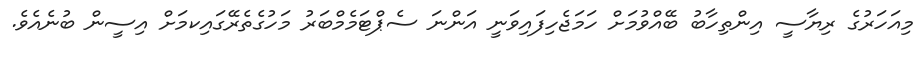
މިއަހަރުގެ ރިޔާސީ އިންތިހާބު ބޭއްވުމަށް ހަމަޖެހިފައިވަނީ އަންނަ ސެޕްޓަމެމްބަރު މަހުގެތެރޭގައިކމަށް އިސީން ބުނެއެވެ.